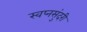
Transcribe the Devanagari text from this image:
स्वप्नसुंदरी